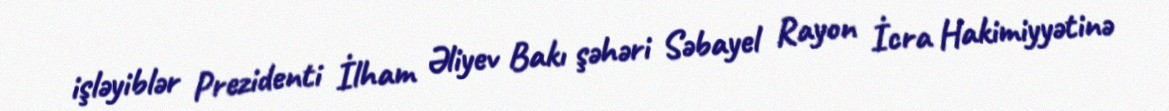
işləyiblər Prezidenti İlham Əliyev Bakı şəhəri Səbayel Rayon İcra Hakimiyyətinə